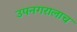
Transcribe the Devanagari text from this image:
उपनगरालाच